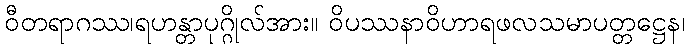
ဝီတရာဂဿ၊ရဟန္တာပုဂ္ဂိုလ်အား။ ဝိပဿနာဝိဟာရဖလသမာပတ္တဋ္ဌေန၊